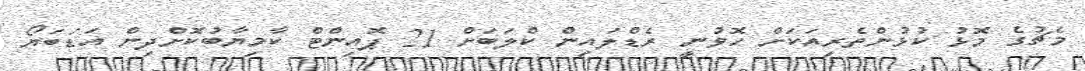
މެޗުގެ މޮޅު ކުޅުންތެރިއަކަށް ހޮވުނީ ރެޑްލައިން ކްލަބަށް 21 ޕޮއިންޓް ކާމިޔާބުކޮށްދިން އަޑަބަޔޯ